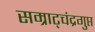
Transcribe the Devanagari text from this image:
सम्राट्चंद्रगुप्त